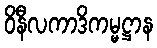
ဝိနီလကာဒိကမ္မဋ္ဌာန